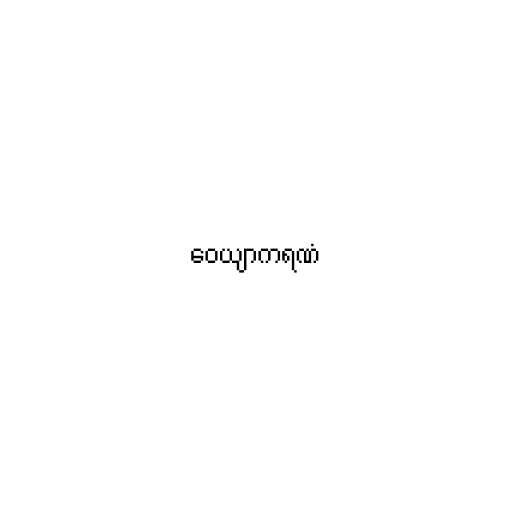
ဝေယျာကရဏံ